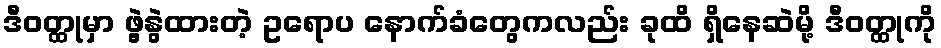
ဒီဝတ္ထုမှာ ဖွဲ့နွဲထားတဲ့ ဥရောပ နောက်ခံတွေကလည်း ခုထိ ရှိနေဆဲမို့ ဒီဝတ္ထုကို